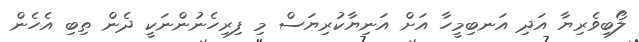
ލޯބިވެރިޔާ އަދި އަނބިމީހާ އަށް އަނިޔާކުރިޔަސް މި ފިރިހެނުންނަކީ ދެން ތިބި އެހެން